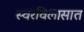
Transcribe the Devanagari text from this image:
स्वरविलासात